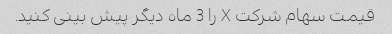
قیمت سهام شرکت X را 3 ماه دیگر پیش بینی کنید.